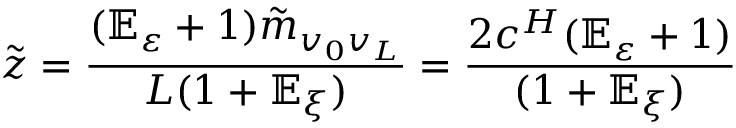
\tilde { z } = \frac { ( \mathbb { E } _ { \varepsilon } + 1 ) \tilde { m } _ { v _ { 0 } v _ { L } } } { L ( 1 + \mathbb { E } _ { \xi } ) } = \frac { 2 c ^ { H } ( \mathbb { E } _ { \varepsilon } + 1 ) } { ( 1 + \mathbb { E } _ { \xi } ) }